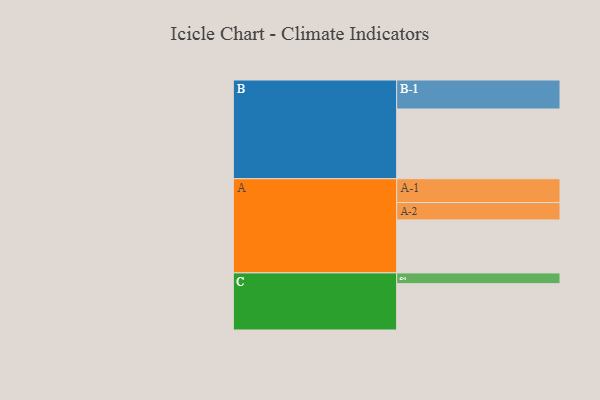
{"axis": {"x": "Segment", "y": "Value"}, "legend": ["", "A", "B", "C"], "data": [{"x": "A", "y": 398, "type": ""}, {"x": "B", "y": 524, "type": ""}, {"x": "C", "y": 348, "type": ""}, {"x": "A-1", "y": 179, "type": "A"}, {"x": "A-2", "y": 131, "type": "A"}, {"x": "B-1", "y": 218, "type": "B"}, {"x": "C-1", "y": 81, "type": "C"}]}